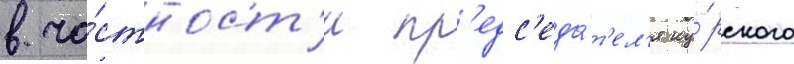
в ча́стност'и пр'едс'еда́т'ел'я ку́рского